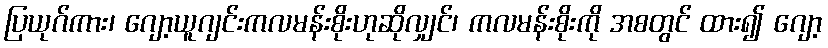
ပြယုဂ်ကား၊ ဂျော့ယူဂျင်းကလမန်းစိုးဟုဆိုလျှင်၊ ကလမန်းစိုးကို အစတွင် ထား၍ ဂျော့